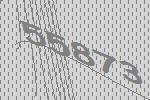
55873